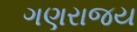
ગણરાજય